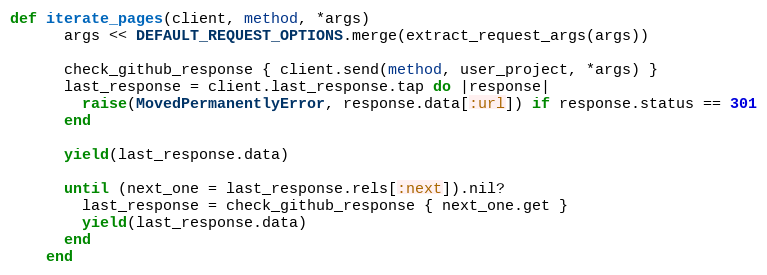
Language: Ruby
def iterate_pages(client, method, *args)
      args << DEFAULT_REQUEST_OPTIONS.merge(extract_request_args(args))

      check_github_response { client.send(method, user_project, *args) }
      last_response = client.last_response.tap do |response|
        raise(MovedPermanentlyError, response.data[:url]) if response.status == 301
      end

      yield(last_response.data)

      until (next_one = last_response.rels[:next]).nil?
        last_response = check_github_response { next_one.get }
        yield(last_response.data)
      end
    end